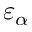
\varepsilon _ { \alpha }